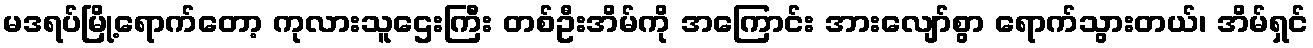
မဒရပ်မြို့ရောက်တော့ ကုလားသူဌေးကြီး တစ်ဦးအိမ်ကို အကြောင်း အားလျော်စွာ ရောက်သွားတယ်၊ အိမ်ရှင်